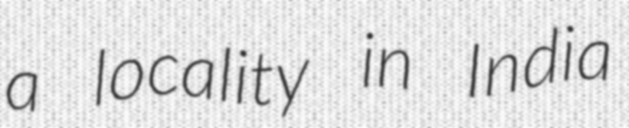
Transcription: a locality in India